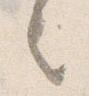
之